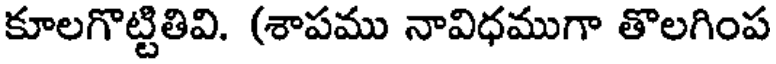
కూలగొట్టితివి. (శాపము నావిధముగా తొలగింప